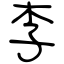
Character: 李